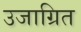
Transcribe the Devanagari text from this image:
उजाग्रित